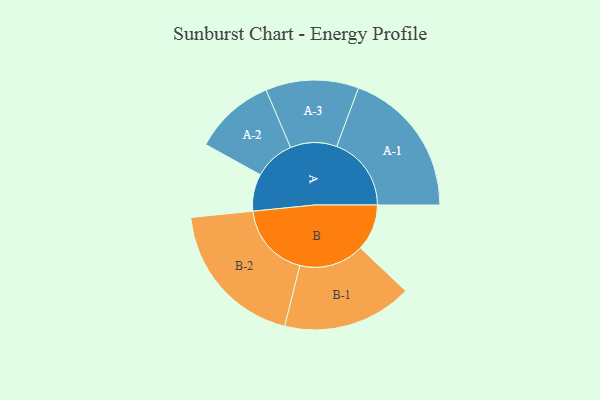
{"axis": {"x": "Segment", "y": "Value"}, "legend": ["", "A", "B"], "data": [{"x": "A", "y": 115, "type": ""}, {"x": "B", "y": 144, "type": ""}, {"x": "A-1", "y": 231, "type": "A"}, {"x": "A-2", "y": 126, "type": "A"}, {"x": "A-3", "y": 144, "type": "A"}, {"x": "B-1", "y": 201, "type": "B"}, {"x": "B-2", "y": 233, "type": "B"}]}